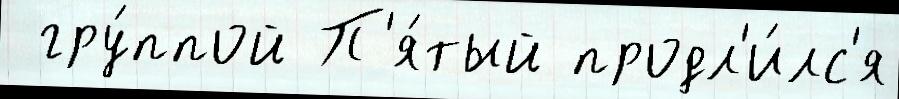
 гру́ппой П'я́тый продл'и́лс'я